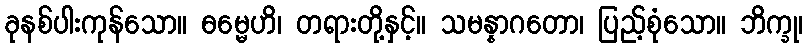
ခုနစ်ပါးကုန်သော။ ဓမ္မေဟိ၊ တရားတို့နှင့်။ သမန္နာဂတော၊ ပြည့်စုံသော။ ဘိက္ခု၊